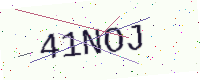
Text: 41NOJ